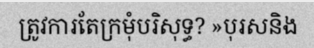
ត្រូវការតែក្រមុំបរិសុទ្ធ? »បុរសនិង